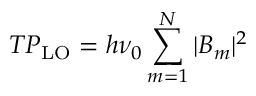
T P _ { \mathrm { L O } } = h \nu _ { 0 } \sum _ { m = 1 } ^ { N } | B _ { m } | ^ { 2 }